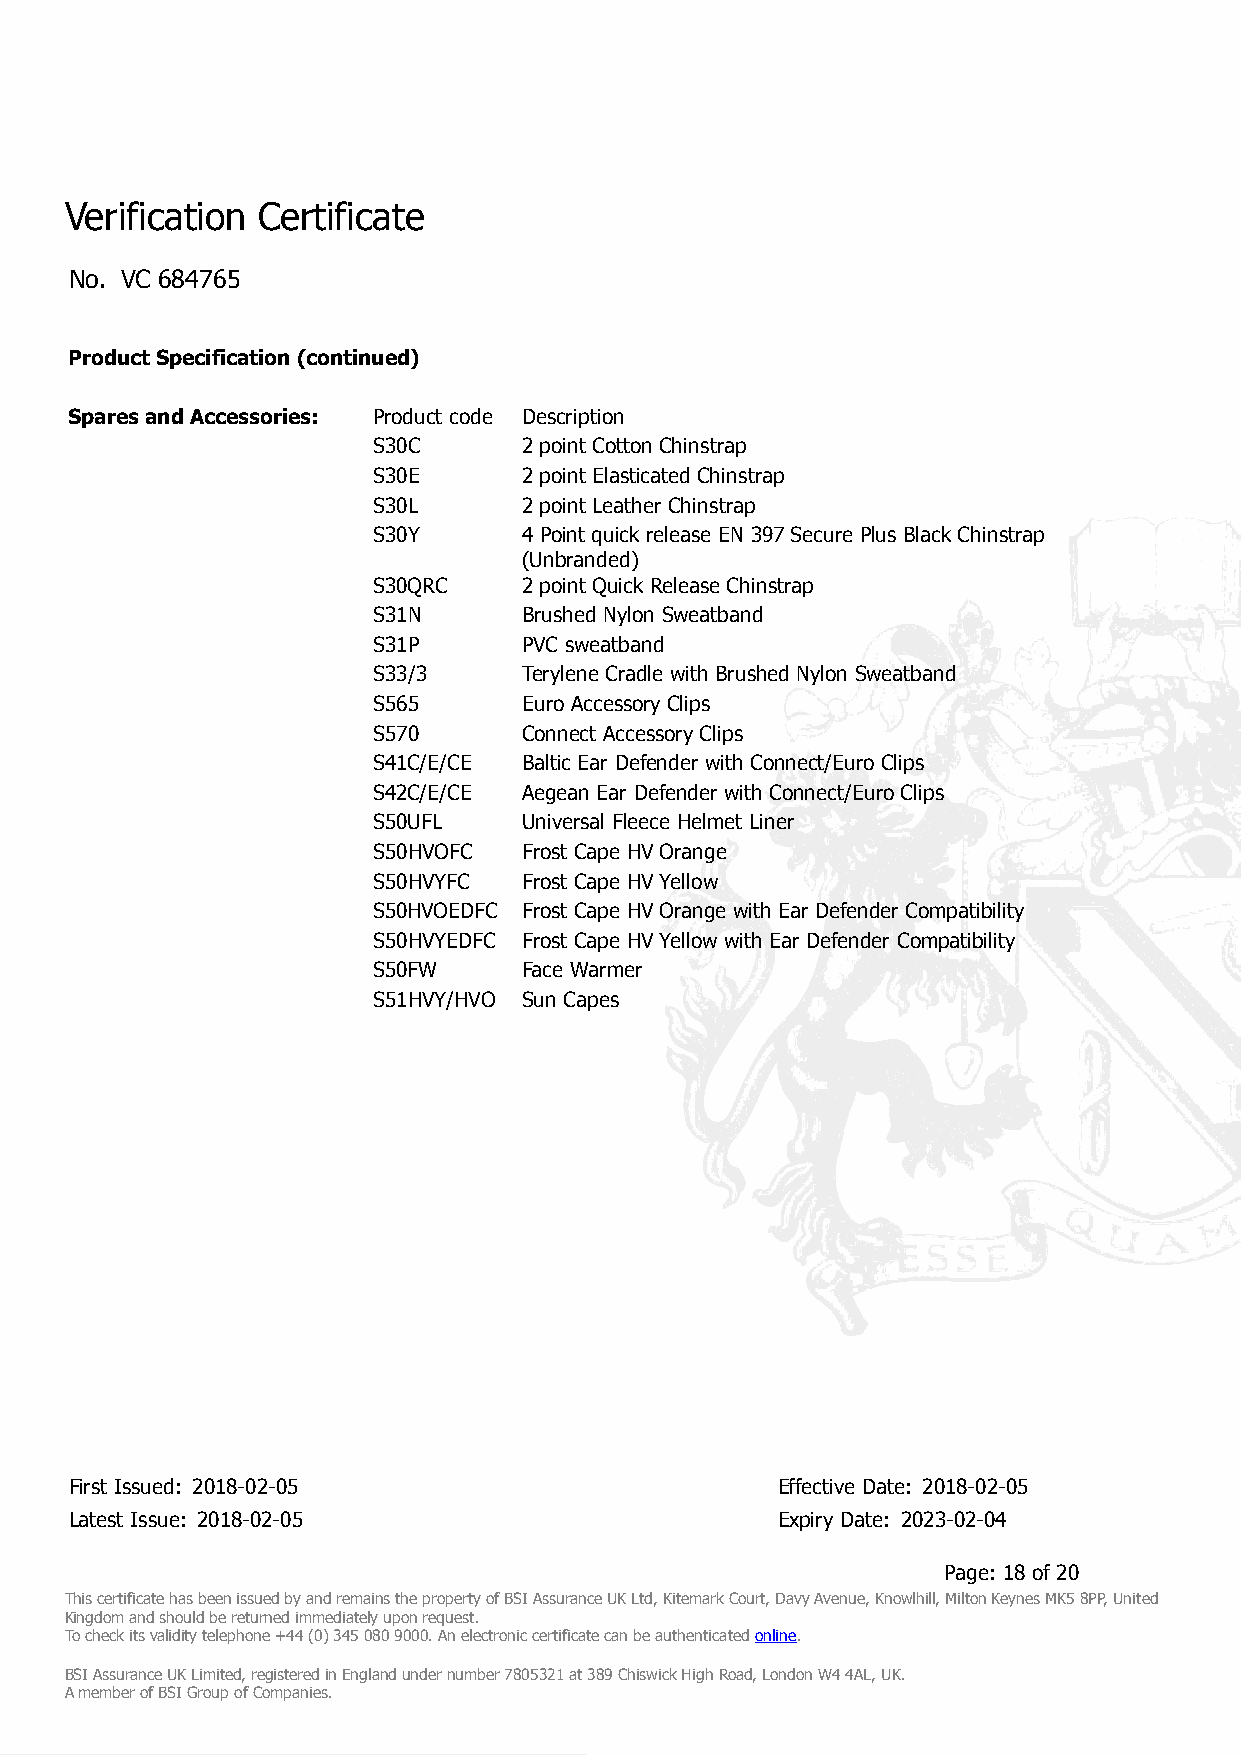
Verification Certificate
 No. VC 684765
 Product Specification (continued)
 Spares and Accessories: Product code Description
 S30C      2 point Cotton Chinstrap
 S30E      2 point Elasticated Chinstrap
 S30L      2 point Leather Chinstrap
 S30Y      4 Point quick release EN 397 Secure Plus Black Chinstrap
 (Unbranded)
 S30QRC    2 point Quick Release Chinstrap
 S31N      Brushed Nylon Sweatband
 S31P      PVC sweatband
 S33/3     Terylene Cradle with Brushed Nylon Sweatband
 S565      Euro Accessory Clips
 S570      Connect Accessory Clips
 S41C/E/CE Baltic Ear Defender with Connect/Euro Clips
 S42C/E/CE Aegean Ear Defender with Connect/Euro Clips
 S50UFL    Universal Fleece Helmet Liner
 S50HVOFC  Frost Cape HV Orange
 S50HVYFC  Frost Cape HV Yellow
 S50HVOEDFC Frost Cape HV Orange with Ear Defender Compatibility
 S50HVYEDFC Frost Cape HV Yellow with Ear Defender Compatibility
 S50FW     Face Warmer
 S51HVY/HVO Sun Capes
 First Issued: 2018-02-05                      Effective Date: 2018-02-05
 Latest Issue: 2018-02-05                      Expiry Date: 2023-02-04
 Page: 18 of 20
 This certificate has been issued by and remains the property of BSI Assurance UK Ltd, Kitemark Court, Davy Avenue, Knowlhill, Milton Keynes MK5 8PP, United
 Kingdom and should be returned immediately upon request.
 To check its validity telephone +44 (0) 345 080 9000. An electronic certificate can be authenticated online.
 BSI Assurance UK Limited, registered in England under number 7805321 at 389 Chiswick High Road, London W4 4AL, UK.
 A member of BSI Group of Companies.